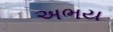
અભય